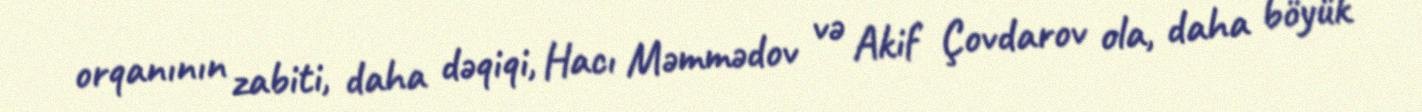
orqanının zabiti, daha dəqiqi, Hacı Məmmədov və Akif Çovdarov ola, daha böyük